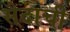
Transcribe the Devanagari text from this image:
सैदाची